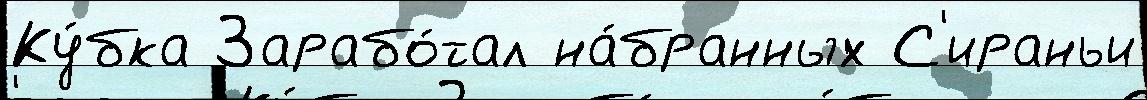
Ку́бка Зарабо́тал на́бранных С'ираньи